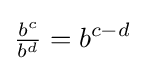
{\tfrac {b^{c}}{b^{d}}}=b^{c-d}